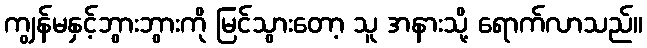
ကျွန်မနှင့်ဘွားဘွားကို မြင်သွားတော့ သူ အနားသို့ ရောက်လာသည်။